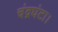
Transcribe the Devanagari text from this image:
चंद्रघंटा।